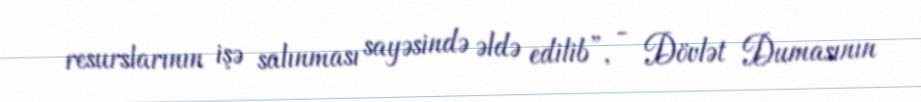
resurslarının işə salınması sayəsində əldə edilib”, - Dövlət Dumasının